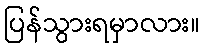
ပြန်သွားရမှာလား။